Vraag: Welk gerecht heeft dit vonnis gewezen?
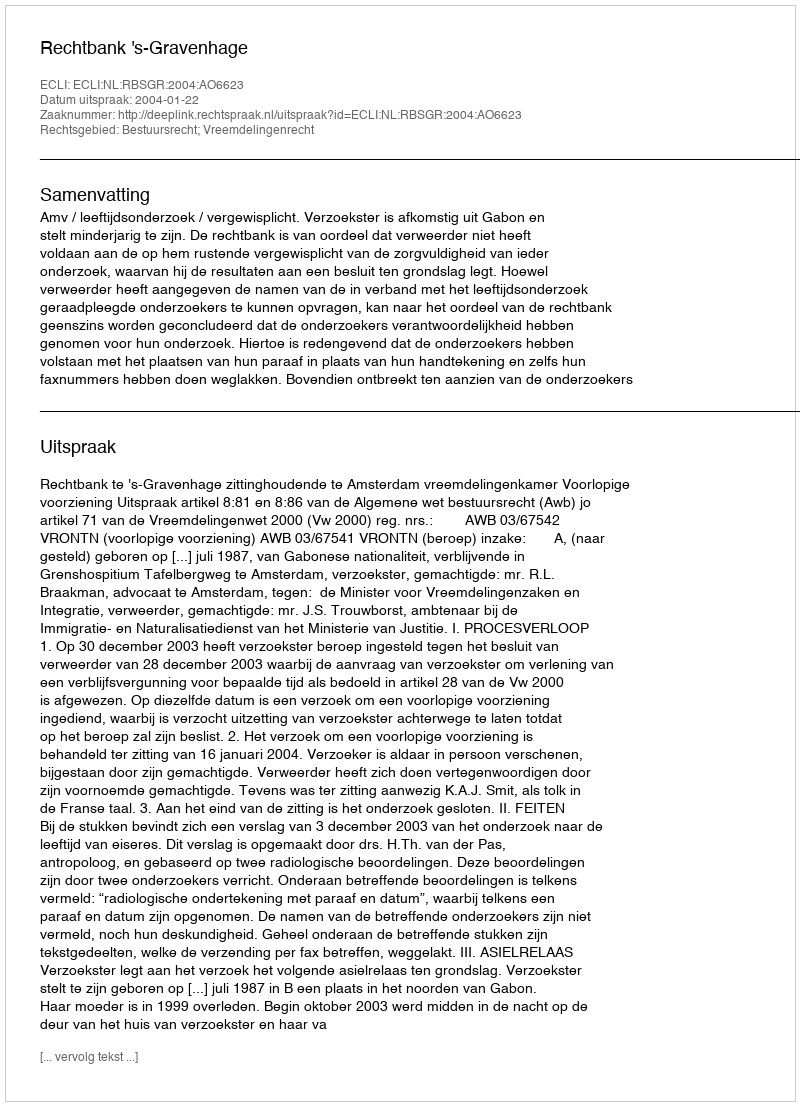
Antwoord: Rechtbank 's-Gravenhage